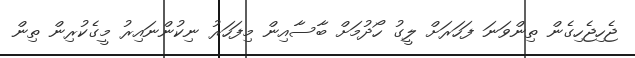
ޖެހިޖެހިގެން ތިންވަނަ ފަހަރަށް ލީގު ހޯދުމަށް ބާސާއިން މިފަހަރު ނިކުންނައިރު މީގެކުރިން ތިން